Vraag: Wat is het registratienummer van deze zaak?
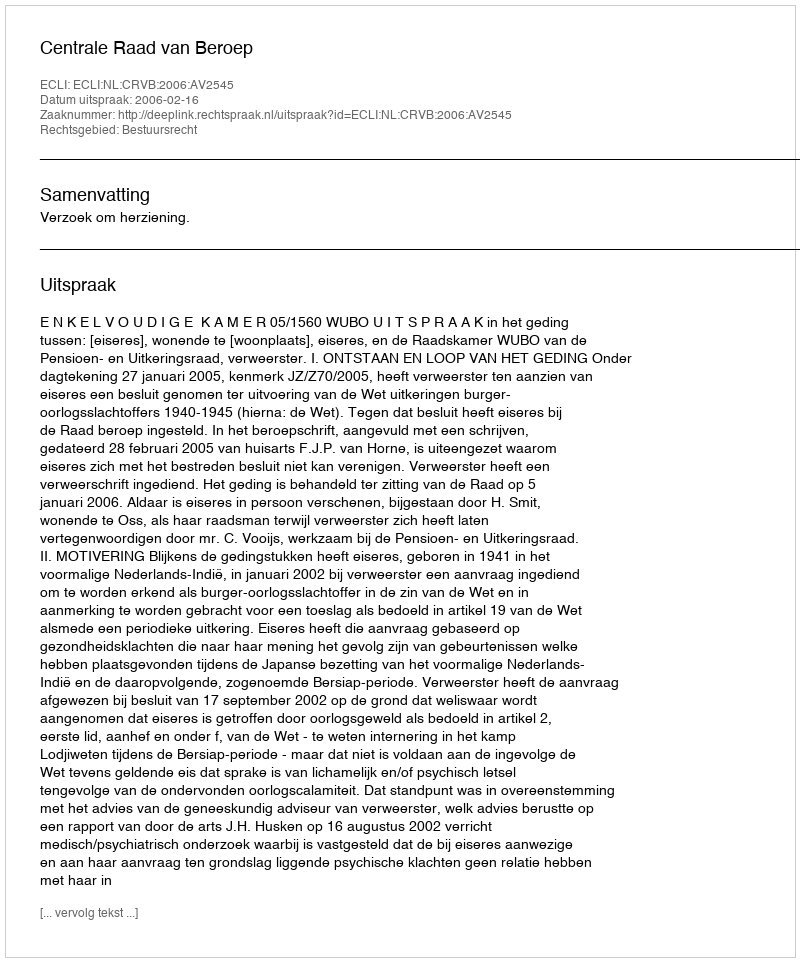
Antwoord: http://deeplink.rechtspraak.nl/uitspraak?id=ECLI:NL:CRVB:2006:AV2545